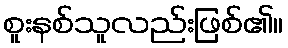
စူးနစ်သူလည်းဖြစ်၏။